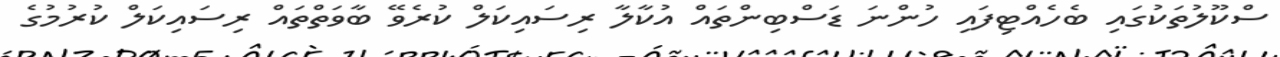
ސްކޫލުތަކުގައި ބެހެއްޓިފައި ހުންނަ ޑަސްބިންތައް އުކާލާ ރިސައިކަލް ކުރެވޭ ބާވަތްތައް ރިސައިކަލް ކުރުމުގެ